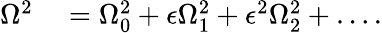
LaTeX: \begin{array}{rl}{\Omega^{2}}&{{}=\Omega_{0}^{2}+\epsilon\Omega_{1}^{2}+\epsilon^{2}\Omega_{2}^{2}+\dots.}\end{array}